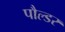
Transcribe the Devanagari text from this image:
पौल्डर